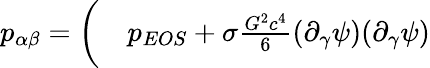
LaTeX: \begin{array}{rl}{p_{\alpha\beta}=\bigg(}&{{}p_{EOS}+\sigma\frac{G^{2}c^{4}}{6}(\partial_{\gamma}\psi)(\partial_{\gamma}\psi)}\end{array}